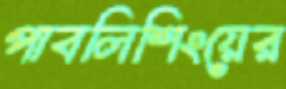
পাবলিশিংয়ের